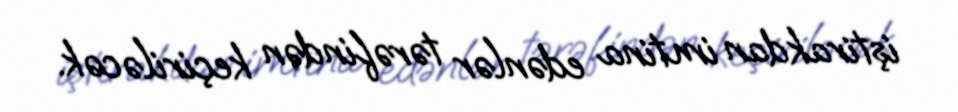
iştirakdan imtina edənlər tərəfindən keçiriləcək.